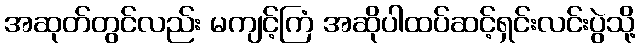
အဆုတ်တွင်လည်း မကျင့်ကြံ အဆိုပါထပ်ဆင့်ရှင်းလင်းပွဲသို့